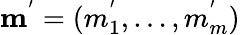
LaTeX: \mathbf{m^{'}}=(m_{1}^{'},\dots,m_{m}^{'})